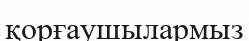
қорғаушылармыз